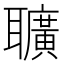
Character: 𦘅